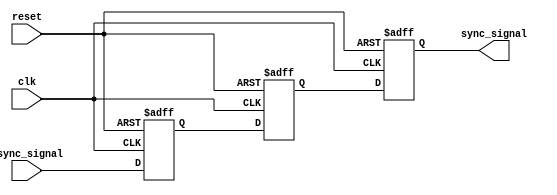
module SignalCrossingSynchronizer #(
    parameter BIT_WIDTH = 1 // Parameter to define the width of the input signal, default to 1 bit
)(
    input wire            clk,         // Receiving clock domain clock signal
    input wire            reset,       // Reset signal
    input wire [BIT_WIDTH-1:0] async_signal, // Asynchronous input signal to synchronize
    output reg [BIT_WIDTH-1:0] sync_signal // Synchronized output signal
);

// Internal registers for dual flip-flop synchronization
reg [BIT_WIDTH-1:0] sync_ff1; // First flip-flop output
reg [BIT_WIDTH-1:0] sync_ff2; // Second flip-flop output

// Clocking process
always @(posedge clk or posedge reset) begin
    if (reset) begin
        // Initialize outputs to known state
        sync_ff1 <= {BIT_WIDTH{1'b0}};
        sync_ff2 <= {BIT_WIDTH{1'b0}};
        sync_signal <= {BIT_WIDTH{1'b0}};
    end else begin
        // Dual flip-flop synchronizer logic
        sync_ff1 <= async_signal;     // Sample the asynchronous signal
        sync_ff2 <= sync_ff1;         // Sample the first flip-flop output
        sync_signal <= sync_ff2;      // Output the synchronized signal
    end
end

endmodule